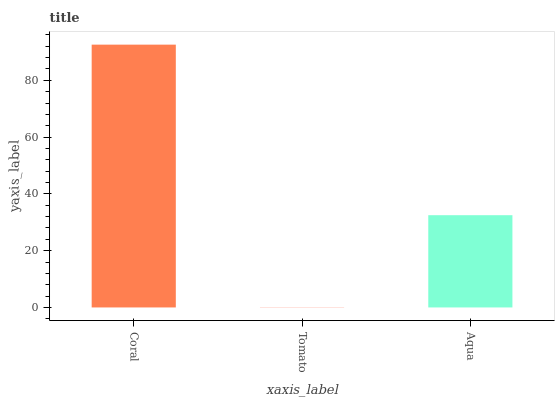
| xaxis_label | bars |
 | --- | --- |
 | Coral | 92.6 |
 | Tomato | 0.0648 |
 | Aqua | 32.5 |